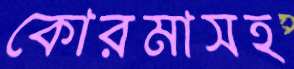
কোরমাসহ